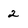
Character: 2